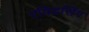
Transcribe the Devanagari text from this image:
रविद्रसिंग